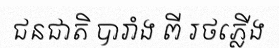
ជនជាតិ បារាំង ពី រថភ្លើង